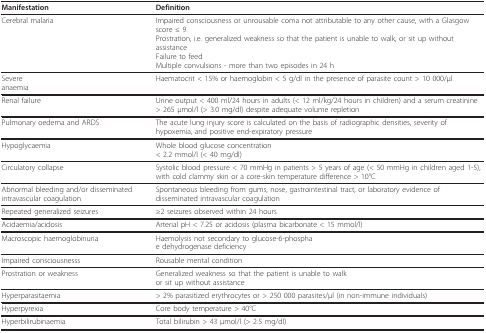
<table><thead><tr><td><b>Manifestation</b></td><td><b>Definition</b></td></tr></thead><tbody><tr><td>Cerebral malaria</td><td>Impaired consciousness or unrousable coma not attributable to any other cause, with a Glasgow score ≤ 9.Prostration, i.e. generalized weakness so that the patient is unable to walk, or sit up without assistanceFailure to feedMultiple convulsions - more than two episodes in 24 h</td></tr><tr><td>Severeanaemia</td><td>Haematocrit &lt; 15% or haemoglobin &lt; 5 g/dl in the presence of parasite count &gt; 10 000/μl</td></tr><tr><td>Renal failure</td><td>Urine output &lt; 400 ml/24 hours in adults (&lt; 12 ml/kg/24 hours in children) and a serum creatinine &gt; 265 μmol/l (&gt; 3.0 mg/dl) despite adequate volume repletion</td></tr><tr><td>Pulmonary oedema and ARDS</td><td>The acute lung injury score is calculated on the basis of radiographic densities, severity of hypoxemia, and positive end-expiratory pressure</td></tr><tr><td>Hypoglycaemia</td><td>Whole blood glucose concentration&lt; 2.2 mmol/l (&lt; 40 mg/dl)</td></tr><tr><td>Circulatory collapse</td><td>Systolic blood pressure &lt; 70 mmHg in patients &gt; 5 years of age (&lt; 50 mmHg in children aged 1-5), with cold clammy skin or a core-skin temperature difference &gt; 10°C</td></tr><tr><td>Abnormal bleeding and/or disseminated intravascular coagulation</td><td>Spontaneous bleeding from gums, nose, gastrointestinal tract, or laboratory evidence of disseminated intravascular coagulation</td></tr><tr><td>Repeated generalized seizures</td><td>≥2 seizures observed within 24 hours</td></tr><tr><td>Acidaemia/acidosis</td><td>Arterial pH &lt; 7.25 or acidosis (plasma bicarbonate &lt; 15 mmol/l)</td></tr><tr><td>Macroscopic haemoglobinuria</td><td>Haemolysis not secondary to glucose-6-phosphae dehydrogenase deficiency</td></tr><tr><td>Impaired consciousnesss</td><td>Rousable mental condition</td></tr><tr><td>Prostration or weakness</td><td>Generalized weakness so that the patient is unable to walkor sit up without assistance</td></tr><tr><td>Hyperparasitaemia</td><td>&gt; 2% parasitized erythrocytes or &gt; 250 000 parasites/μl (in non-immune individuals)</td></tr><tr><td>Hyperpyrexia</td><td>Core body temperature &gt; 40°C</td></tr><tr><td>Hyperbilirubinaemia</td><td>Total bilirubin &gt; 43 μmol/l (&gt; 2.5 mg/dl)</td></tr></tbody></table>